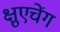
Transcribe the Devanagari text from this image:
क्षुएचेंग